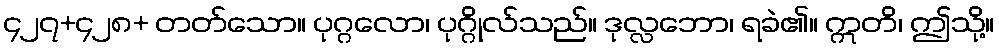
၄၂၇+၄၂၈+ တတ်သော။ ပုဂ္ဂလော၊ ပုဂ္ဂိုလ်သည်။ ဒုလ္လဘော၊ ရခဲ၏။ ဣတိ၊ ဤသို့။